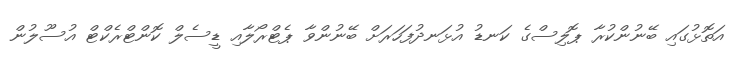
އަތޮޅުގައި ބޭނުންކުރާ ޕޮލިސްގެ ކަނޑު އުޅަނދުފަހަރަށް ބޭނުންވާ ޕެޓްރޯލާއި ޑީސެލް ކޮންޓްރެކްޓް އުސޫލުން